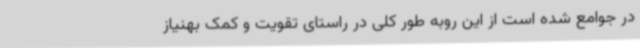
در جوامع شده است از این روبه طور کلی در راستای تقویت و کمک بهنیاز